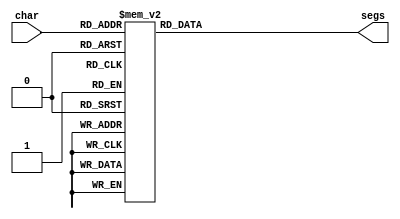
/*
   This file was generated automatically by Alchitry Labs version 1.2.7.
   Do not edit this file directly. Instead edit the original Lucid source.
   This is a temporary file and any changes made to it will be destroyed.
*/

module dice_seg_3 (
    input [2:0] char,
    output reg [6:0] segs
  );
  
  
  
  always @* begin
    
    case (char)
      1'h0: begin
        segs = 7'h06;
      end
      1'h1: begin
        segs = 7'h5b;
      end
      2'h2: begin
        segs = 7'h4f;
      end
      2'h3: begin
        segs = 7'h66;
      end
      3'h4: begin
        segs = 7'h6d;
      end
      3'h5: begin
        segs = 7'h7d;
      end
      3'h6: begin
        segs = 7'h07;
      end
      3'h7: begin
        segs = 7'h7f;
      end
      default: begin
        segs = 7'h00;
      end
    endcase
  end
endmodule